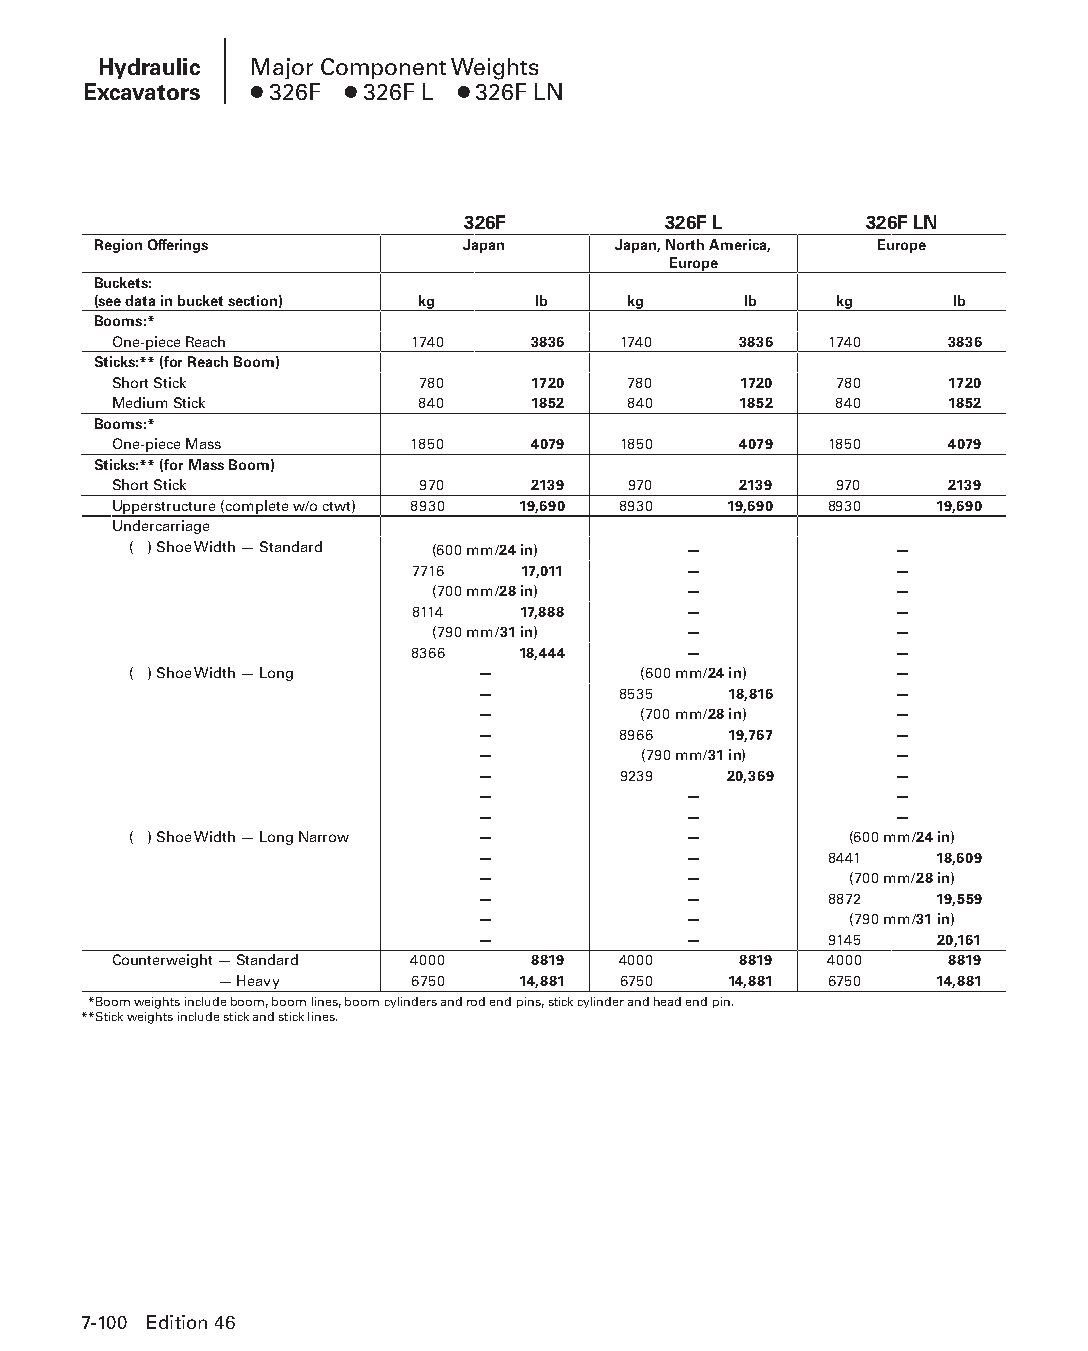
Hydraulic Major Component Weights
 Excavators ● 326F ● 326F L ● 326F LN
 326F         326F L        326F LN
 Region Offerings        Japan     Japan, North America, Europe
 Europe
 Buckets:
 (see data in bucket section) kg lb kg      lb    kg     lb
 Booms:*
 One-piece Reach     1740    3836 1740    3836  1740    3836
 Sticks:** (for Reach Boom)
 Short Stick         780     1720  780    1720   780    1720
 Medium Stick        840     1852  840    1852   840    1852
 Booms:*
 One-piece Mass      1850    4079 1850    4079  1850    4079
 Sticks:** (for Mass Boom)
 Short Stick         970     2139  970    2139   970    2139
 Upperstructure (complete w/o ctwt) 8930 19,690 8930 19,690 8930 19,690
 Undercarriage
 ( ) Shoe Width — Standard (600 mm/24 in) —         —
 7716   17,011     —             —
 (700 mm/28 in)   —             —
 8114   17,888     —             —
 (790 mm/31 in)   —             —
 8366   18,444     —             —
 ( ) Shoe Width — Long  —          (600 mm/24 in)   —
 —        8535    18,816     —
 —          (700 mm/28 in)   —
 —        8966    19,767     —
 —          (790 mm/31 in)   —
 —        9239   20,369      —
 —             —             —
 —             —             —
 ( ) Shoe Width — Long Narrow —       —          (600 mm/24 in)
 —             —        8441   18,609
 —             —          (700 mm/28 in)
 —             —        8872   19,559
 —             —          (790 mm/31 in)
 —             —        9145   20,161
 Counterweight — Standard 4000 8819 4000  8819  4000    8819
 Counterweight — Heavy 6750 14,881 6750   14,881 6750  14,881
 **Boom weights include boom, boom lines, boom cylinders and rod end pins, stick cylinder and head end pin.
 **Stick weights include stick and stick lines.
 7-100 Edition 46
 PPHHBB--SSeecc0077--HHyyddrraauulliiccEExxccaavvaattoorrss((ppgg008899--114400))..iinndddd 110000 1122//44//1155 1100::3355 AAMM